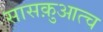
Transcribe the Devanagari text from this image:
सासक़ुआत्च